Report of the Municipal Commissioner on the plague in Bombay for the year ending 31st May... - Volume 2
Disease focus: Plague
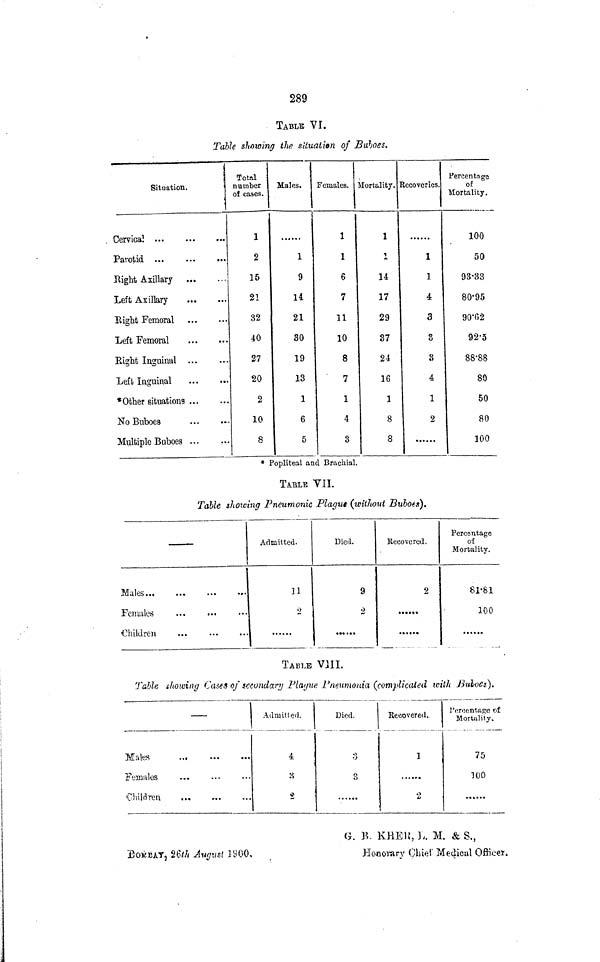
289
TABLE VI.
Table showing the situation of Buboes.
\
\
Situation.
. Cervical
Parotid
Right Axillary
Left Axillary
Right Femoral
Left Femoral
Right Inguinal
Left Inguinal
*0ther situations
No Buboea
Multiple Buboes ...
.-
Total
number
of cases.
1
2
15
21
32
40
27
20
2
10
8
Males.
1
9
14
21
30
19
13
1
6
5
Females.
1
1
6
7
11
10
8
7
1
4
3
Mortality.
1
i
14
17
29
37
24
16
1
8
8
Recoveries.
1
1
4
3
3
3
4
1
2
••••••
Percentage
oi:
Mortality.
100
50
93-33
80'95
90*62
92-5
88'88
80
50
80
100
* Popliteal and Brachial.
TABLE VII.
Table showing Pneumonic Plague (without Buboes).
•
Males...
Females
Children
Admitted.
31
2
Died.
9
2
«•* «»•
Kecovered.
2
••••••
Percentage
of
Mortality.
81-81
100
TABLE VIII.
Table showing Cases of secondary Pla<jm> Pneumonia, (complicated with J3ulo£s).
_
Males
..,
Females
"Children
Admitted.
4
: -{
2
Died.
>j
3
Recovered.
1
2
j'nrocntagc of
Mortality,
75
100
G. B. KHEK, L. M. & S.,
"fiOKBATj 26/7i August 3SOO,
Honorary Chief Medical Office*.